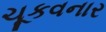
ચૂકવનાર